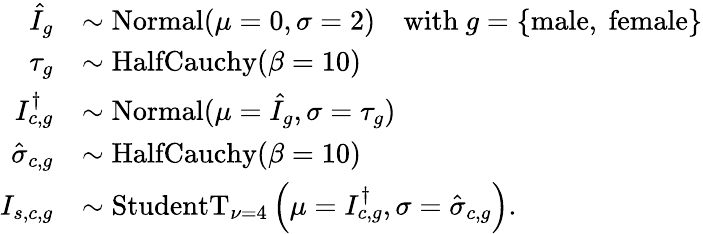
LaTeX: \begin{array}{rl}{\hat{I}_{g}}&{\sim\mathrm{Normal}(\mu=0,\sigma=2)\quad\mathrm{with~}g=\{ \mathrm{male,~female}\} }\\ {\tau_{g}}&{\sim\mathrm{HalfCauchy}(\beta=10)}\\ {I_{c,g}^{\dagger}}&{\sim\mathrm{Normal}(\mu=\hat{I}_{g},\sigma=\tau_{g})}\\ {\hat{\sigma}_{c,g}}&{\sim\mathrm{HalfCauchy}(\beta=10)}\\ {I_{s,c,g}}&{\sim\mathrm{StudentT}_{\nu=4}\left(\mu=I_{c,g}^{\dagger},\sigma=\hat{\sigma}_{c,g}\right).}\end{array}